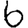
Digit: 6